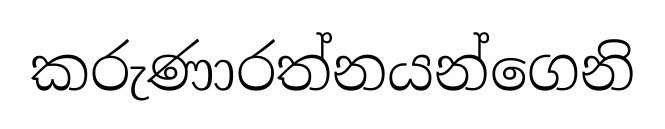
කරුණාරත්නයන්ගෙනි